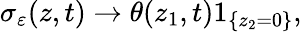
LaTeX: \sigma_{\varepsilon}(z,t)\to\theta(z_{1},t)1_{\{ z_{2}=0\} },